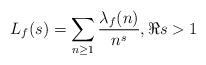
LaTeX: \begin{align*}L_f(s)=\sum_{n \geq 1}\frac{\lambda_f(n)}{n^s}, \Re{s}>1\end{align*}